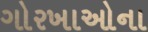
ગોરખાઓના